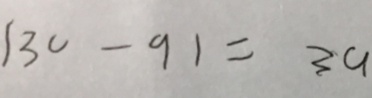
1 3 0 - 9 1 = 3 a